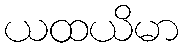
ယထယိမာ